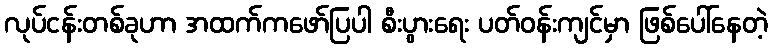
လုပ်ငန်းတစ်ခုဟာ အထက်ကဖော်ပြပါ စီးပွားရေး ပတ်ဝန်းကျင်မှာ ဖြစ်ပေါ်နေတဲ့